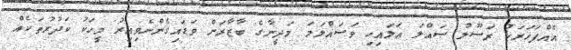
އެއްފަހަރަކު ރަސޫލު ޞައްލަ ޢަލައިހި ވަސައްލަމަ މަދީނާގެ ބާޒާރަށް ވަޑައިގެންނެވިއިރު މީހަކު ކަދުރުތަކެއް